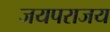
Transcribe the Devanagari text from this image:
जयपराजय